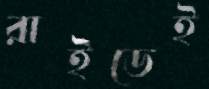
রাইডেই